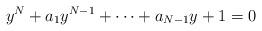
LaTeX: \begin{align*}y^N + a_1 y^{N-1} + \cdots + a_{N-1} y + 1 = 0\end{align*}